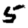
Digit: 5